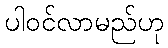
ပါဝင်လာမည်ဟု